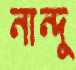
নান্দু